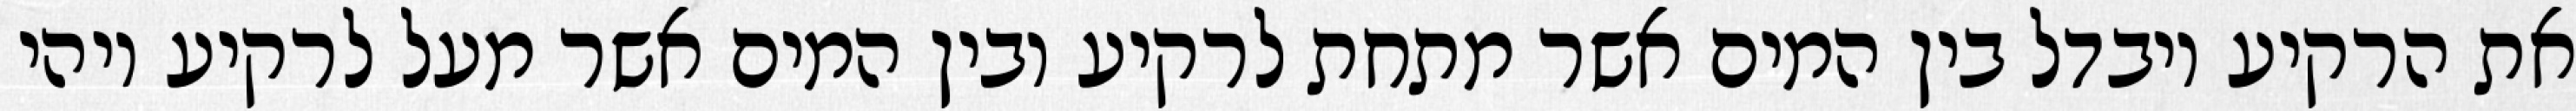
את הרקיע ויבדל בין המים אשר מתחת לרקיע ובין המים אשר מעל לרקיע ויהי